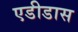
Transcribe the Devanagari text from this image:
एडीडास